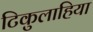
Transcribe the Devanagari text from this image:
टिकुलाहिया